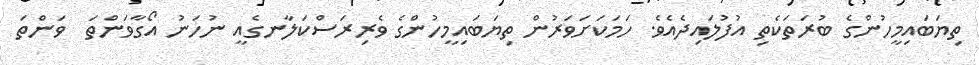
ތިޔަބައިމީހުންގެ ބުރަތަކެތި އުފުލައިދެއެވެ. ހަމަކަށަވަރުން ތިޔަބައިމީހުންގެ ވެރިރަސްކަލާނގެއީ ނުހަނު އޯގާވަންތަ  ވަންތަ